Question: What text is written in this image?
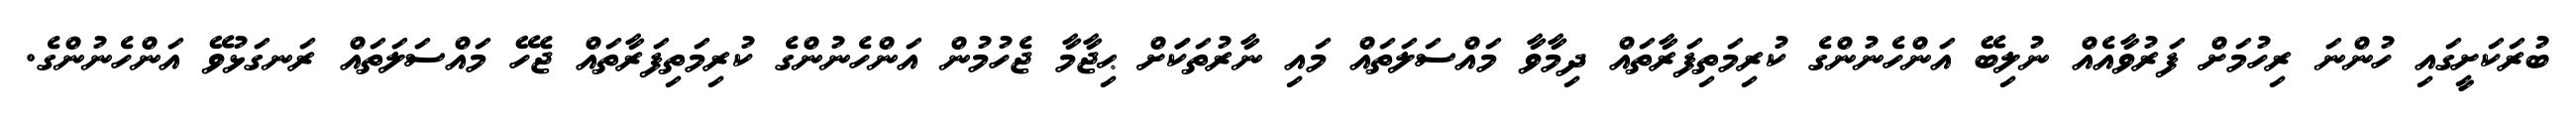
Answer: ބުރަކަށީގައި ހުންނަ ރިހުމަށް ފަރުވާއެއް ނުލިބޭ އަންހެނުންގެ ކުރިމަތިފަރާތައް ދިމާވާ މައްސަލަތައް މައި ނާރުތަކަަށް ޙިޖާމާ ޖެހުމުން އަންހެނުންގެ ކުރިމަތިފަރާތައް ޖެހޭ މައްސަލަތައް ރަނގަޅުވޭ އަންހެނުންގެ.